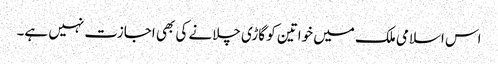
اس اسلامی ملک میں خواتین کو گاڑی چلانے کی بھی اجازت نہیں ہے۔